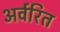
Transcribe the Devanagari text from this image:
अर्वरित